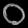
Digit: ၀